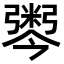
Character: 𢐫